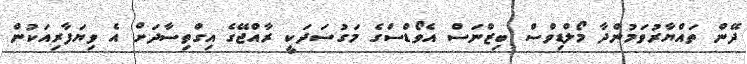
ދޭން ތައްޔާރުވަމުންދާ މޯލްޑިވްސް ބިޒްނަސް އެވޯޑްސްގެ މަގުސަދަކީ ރާއްޖޭގެ އިގްތިސާދަށް އެ ވިޔަފާރިއަކުން